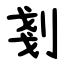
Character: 剗